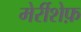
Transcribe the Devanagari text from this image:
मेर्रीशेफ़